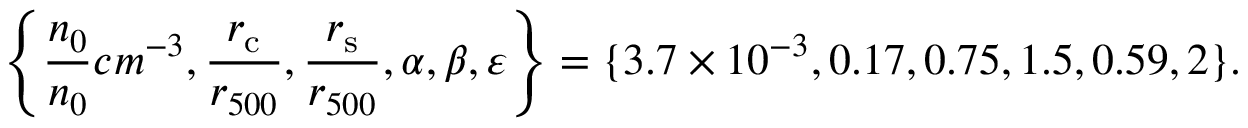
\left\{ \frac { n _ { 0 } } { n _ { 0 } } { c m ^ { - 3 } } , \frac { r _ { \mathrm { c } } } { r _ { 5 0 0 } } , \frac { r _ { \mathrm { s } } } { r _ { 5 0 0 } } , \alpha , \beta , \varepsilon \right\} = \{ 3 . 7 \times 1 0 ^ { - 3 } , 0 . 1 7 , 0 . 7 5 , 1 . 5 , 0 . 5 9 , 2 \} .